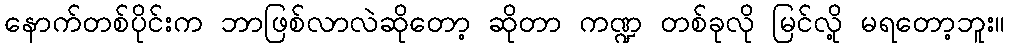
နောက်တစ်ပိုင်းက ဘာဖြစ်လာလဲဆိုတော့ ဆိုတာ ကဏ္ဍ တစ်ခုလို မြင်လို့ မရတော့ဘူး။